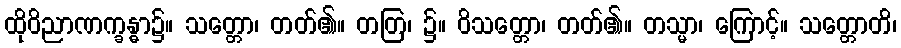
ထိုဝိညာဏက္ခန္ဓာ၌။ သတ္တော၊ တတ်၏။ တတြ၊ ၌။ ဝိသတ္တော၊ တတ်၏။ တသ္မာ၊ ကြောင့်။ သတ္တောတိ၊